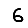
Digit: 6